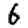
Digit: 6